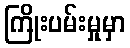
ကြိုးပမ်းမှုမှာ